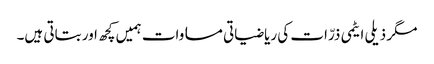
مگر ذیلی ایٹمی ذرّات کی ریاضیاتی مساوات ہمیں کچھ اور بتاتی ہیں۔